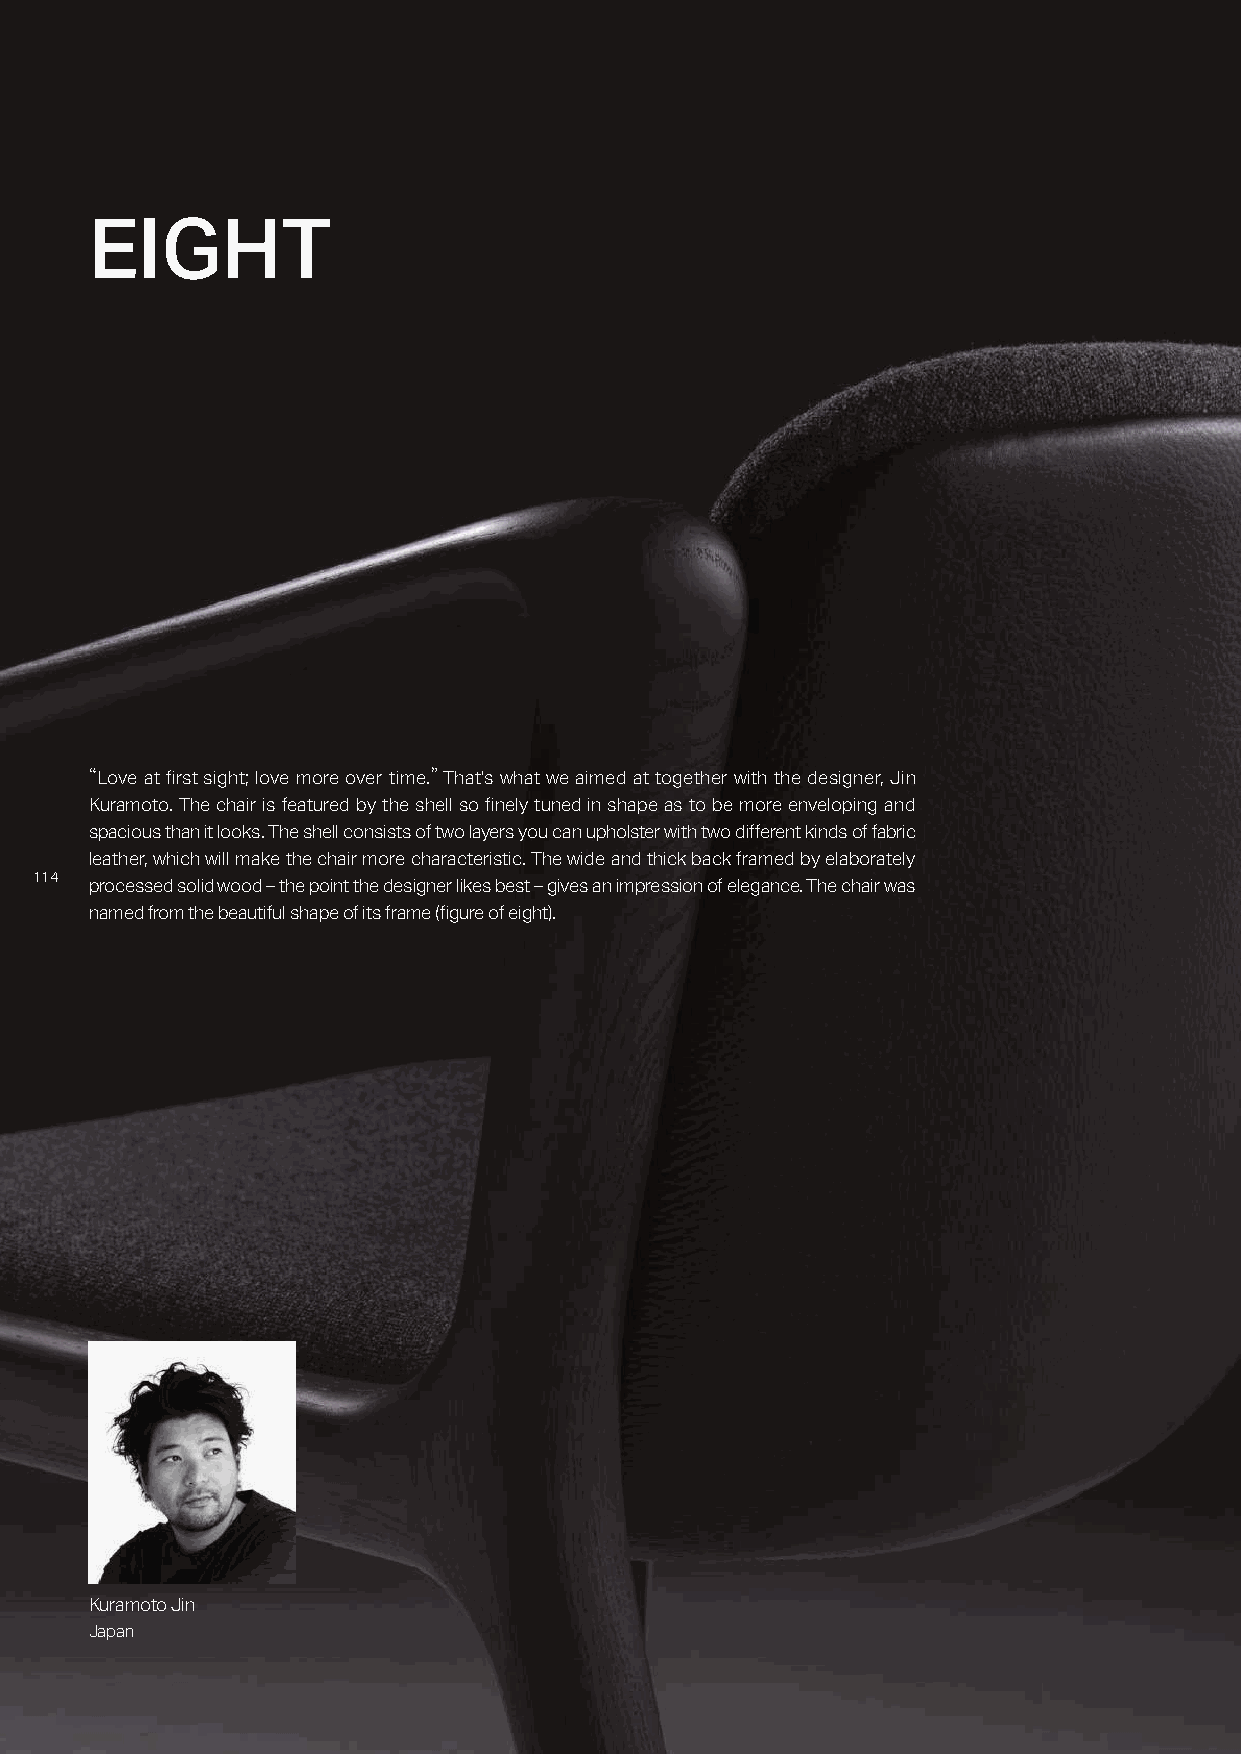
EIGHT
 �Love at first sight; love more over time.� That's what we aimed at together with the designer, Jin
 Kuramoto. The chair is featured by the shell so finely tuned in shape as to be more enveloping and
 spacious than it looks. The shell consists of two layers you can upholster with two different kinds of fabric
 leather, which will make the chair more characteristic. The wide and thick back framed by elaborately
 111144
 processed solid wood – the point the designer likes best – gives an impression of elegance. The chair was
 named from the beautiful shape of its frame (figure of eight).
 Kuramoto Jin
 Japan